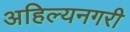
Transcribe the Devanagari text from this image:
अहिल्यनगरी